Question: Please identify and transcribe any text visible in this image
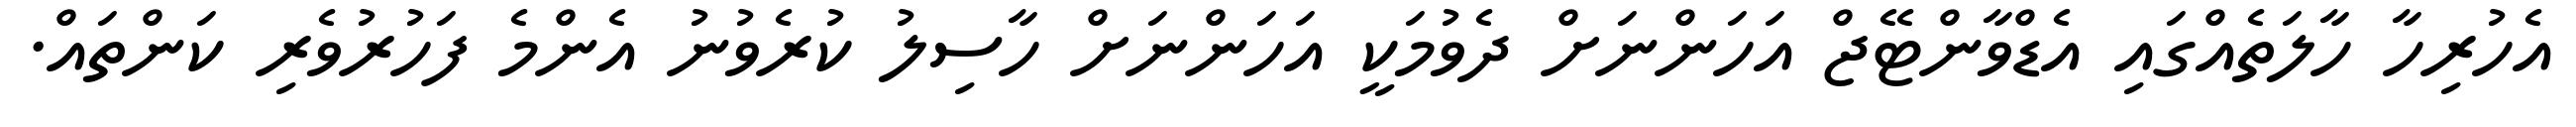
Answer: އެހުރިހާ ހާލަތެއްގައި އެޑްވާންޓޭޖް އަހަންނަށް ދެވުމަކީ އަހަންނަށް ހާސިލު ކުރެވުނު އެންމެ ފަހުރުވެރި ކަންތައް.